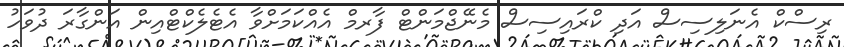
ރިސްކް އެނަލިސިސް އަދި ކްރައިސިސް މެނޭޖްމަންޓް ފާރމް އެއްކަމަށްވާ އެޓެލެކްޓްއިން އަންގާރަ ދުވަހު